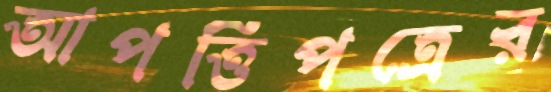
আপত্তিপত্রের